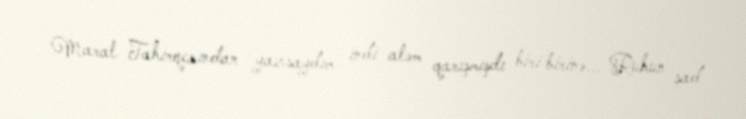
Maral Tahirqızından yazsaydım indi aləm qarışmışdı biri birinə... Ruhun şad